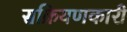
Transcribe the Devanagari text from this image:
सक्रियणकारी